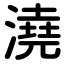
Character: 澆